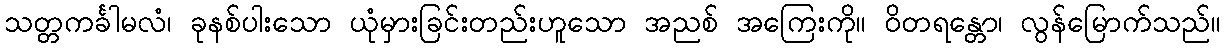
သတ္တကင်္ခါမလံ၊ ခုနစ်ပါးသော ယုံမှားခြင်းတည်းဟူသော အညစ် အကြေးကို။ ဝိတရန္တော၊ လွန်မြောက်သည်။